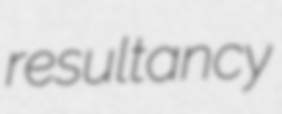
resultancy